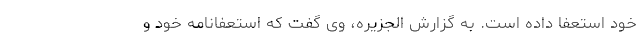
خود استعفا داده است. به گزارش الجزیره، وی گفت که استعفانامه خود و